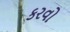
કરવો